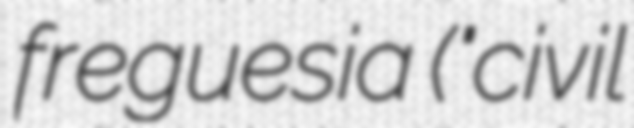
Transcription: freguesia ("civil